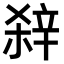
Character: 𨐖